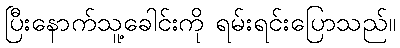
ပြီးနောက်သူ့ခေါင်းကို ရမ်းရင်းပြောသည်။